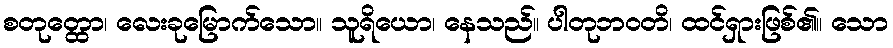
စတုတ္ထော၊ လေးခုမြောက်သော။ သူရိယော၊ နေသည်။ ပါတုဘဝတိ၊ ထင်ရှားဖြစ်၏။ သော